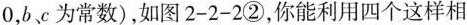
0$$，bc为常数)，如图2-2-2②，你能利用四个这样相